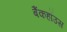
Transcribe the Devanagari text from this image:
बैंकहॉउस